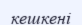
кешкені